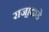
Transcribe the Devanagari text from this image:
राजा॒कडे